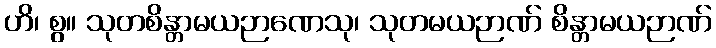
ဟိ၊ စွ။ သုတစိန္တာမယဉာဏေသု၊ သုတမယဉာဏ် စိန္တာမယဉာဏ်